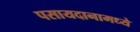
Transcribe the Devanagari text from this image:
पसायदानामध्ये